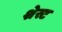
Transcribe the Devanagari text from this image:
श्रेस्ट